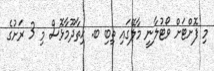
މި ފޮށްޓަށް ވޯޓުލާނީ މާލޭގައި ތިބި ބ. ހިތާދޫމާޅޮސް މި 3 ރަށުގެ